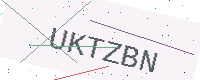
Text: UKTZBN